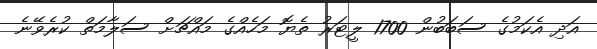
އަދި އެކަމުގެ ސަބަބުން 1700 ލީޓަރު ތެޔޮ މަހެއްގެ މައްޗަށް ސަލާމަތް ކުރެވޭނެ